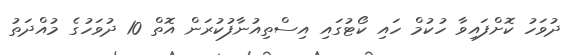
ދުވަހު ކޮށްފައިވާ ހުކުމް ހައި ކޯޓުގައި އިސްތިއުނާފުކުރަން އޮތް 10 ދުވަހުގެ މުއްދަތު